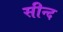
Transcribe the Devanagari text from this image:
सीन्द